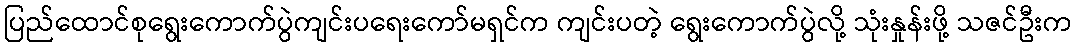
ပြည်ထောင်စုရွေးကောက်ပွဲကျင်းပရေးကော်မရှင်က ကျင်းပတဲ့ ရွေးကောက်ပွဲလို့ သုံးနှုန်းဖို့ သဇင်ဦးက